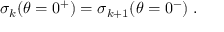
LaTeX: \sigma _ { k } ( \theta = 0 ^ { + } ) = \sigma _ { k + 1 } ( \theta = 0 ^ { - } ) \; .